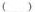
（ ）